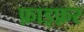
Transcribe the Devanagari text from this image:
फ़ाइफ़र